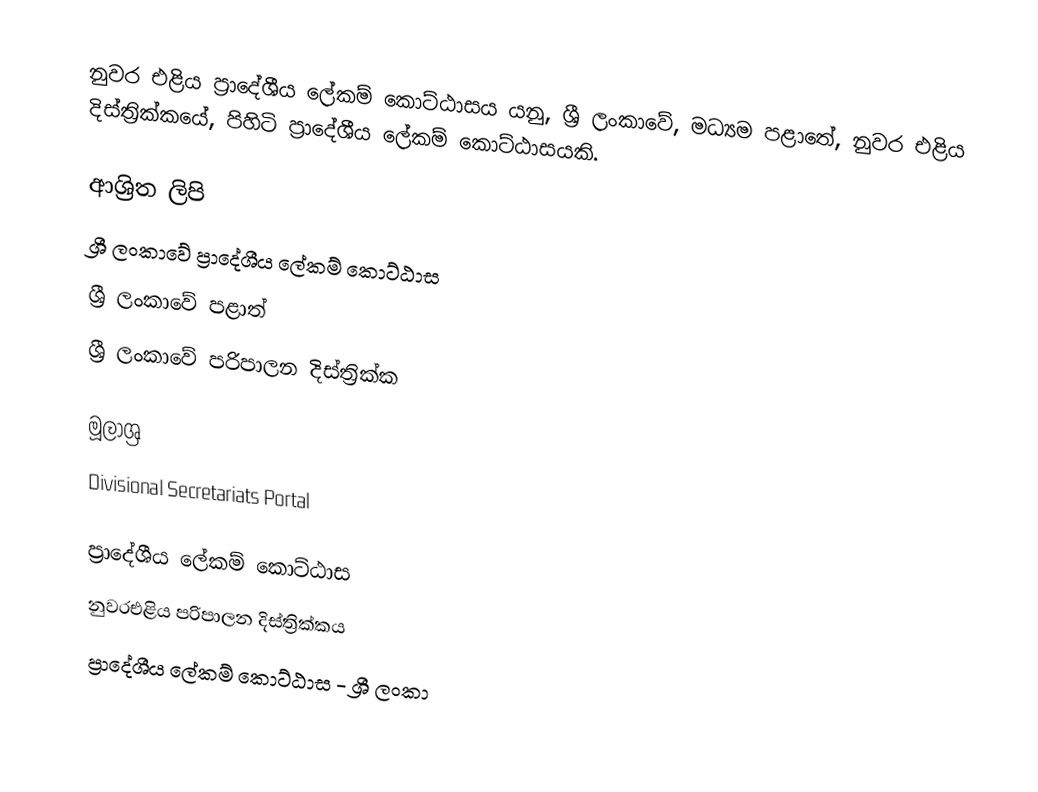
නුවර එළිය ප්‍රාදේශීය ලේකම් කොට්ඨාසය යනු,  ශ්‍රී ලංකාවේ, මධ්‍යම පළාතේ,   නුවර එළිය දිස්ත්‍රික්කයේ, පිහිටි ප්‍රාදේශීය ලේකම් කොට්ඨාසයකි.

ආශ්‍රිත ලිපි
ශ්‍රී ලංකාවේ ප්‍රාදේශීය ලේකම් කොට්ඨාස
ශ්‍රී ලංකාවේ පළාත්
ශ්‍රී ලංකාවේ පරිපාලන දිස්ත්‍රික්ක

මූලාශ්‍ර
 Divisional Secretariats Portal

ප්‍රාදේශීය ලේකම් කොට්ඨාස
නුවරඑළිය පරිපාලන දිස්ත්‍රික්කය
ප්‍රාදේශීය ලේකම් කොට්ඨාස - ශ්‍රී ලංකා